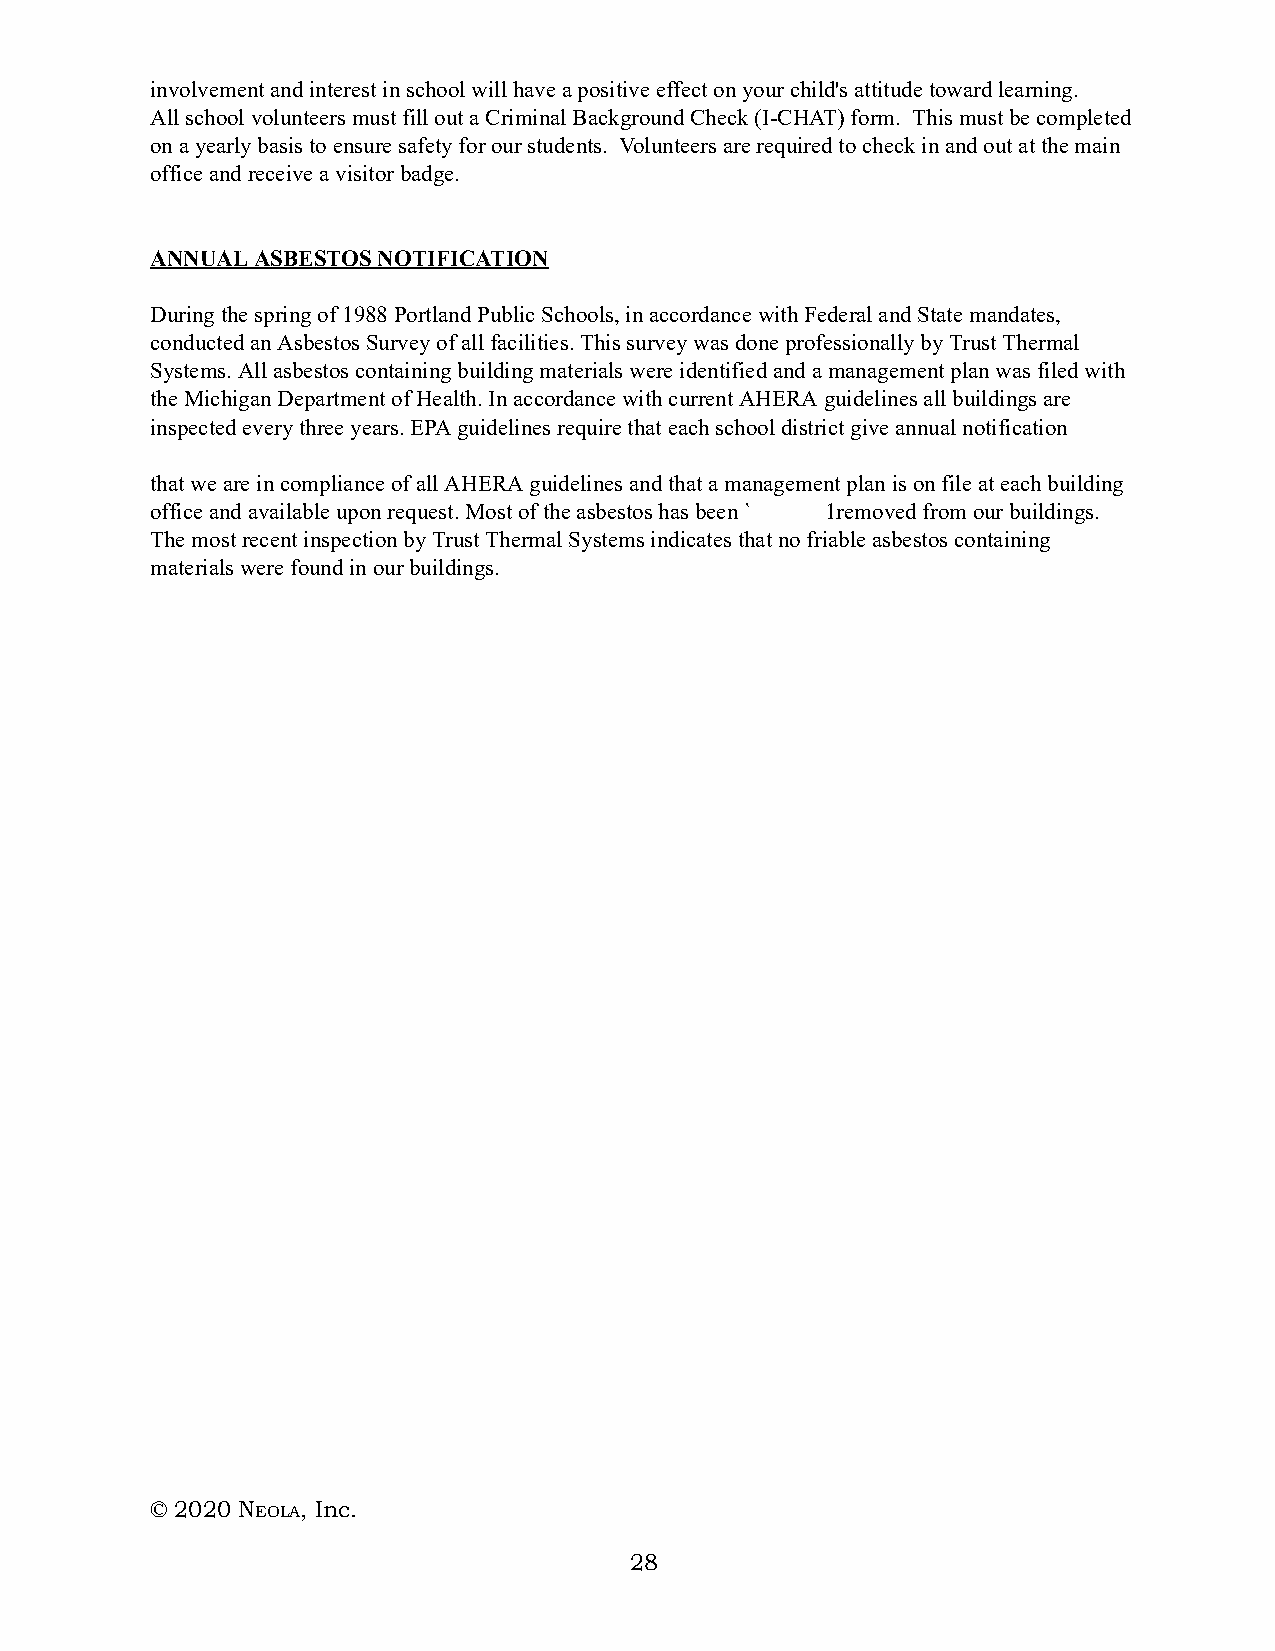
involvement and interest in school will have a positive effect on your child's attitude toward learning.
 All school volunteers must fill out a Criminal Background Check (I-CHAT) form. This must be completed
 on a yearly basis to ensure safety for our students. Volunteers are required to check in and out at the main
 office and receive a visitor badge.
 ANNUAL ASBESTOS NOTIFICATION
 During the spring of 1988 Portland Public Schools, in accordance with Federal and State mandates,
 conducted an Asbestos Survey of all facilities. This survey was done professionally by Trust Thermal
 Systems. All asbestos containing building materials were identified and a management plan was filed with
 the Michigan Department of Health. In accordance with current AHERA guidelines all buildings are
 inspected every three years. EPA guidelines require that each school district give annual notification
 that we are in compliance of all AHERA guidelines and that a management plan is on file at each building
 office and available upon request. Most of the asbestos has been ` 1removed from our buildings.
 The most recent inspection by Trust Thermal Systems indicates that no friable asbestos containing
 materials were found in our buildings.
 © 2020 NE OLA, Inc.
 28